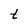
Character: t